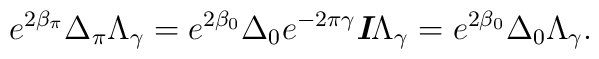
e^{2\beta _\pi }\Delta _\pi \Lambda _{\gamma}  = e^{2\beta _0}\Delta _0e^{-2\pi\gamma}\textit{\textbf{I}}\Lambda _{\gamma}  = e^{2\beta _0}\Delta _0\Lambda _{\gamma}.